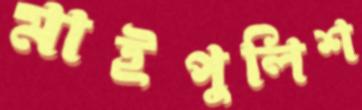
মাইপুলিশ